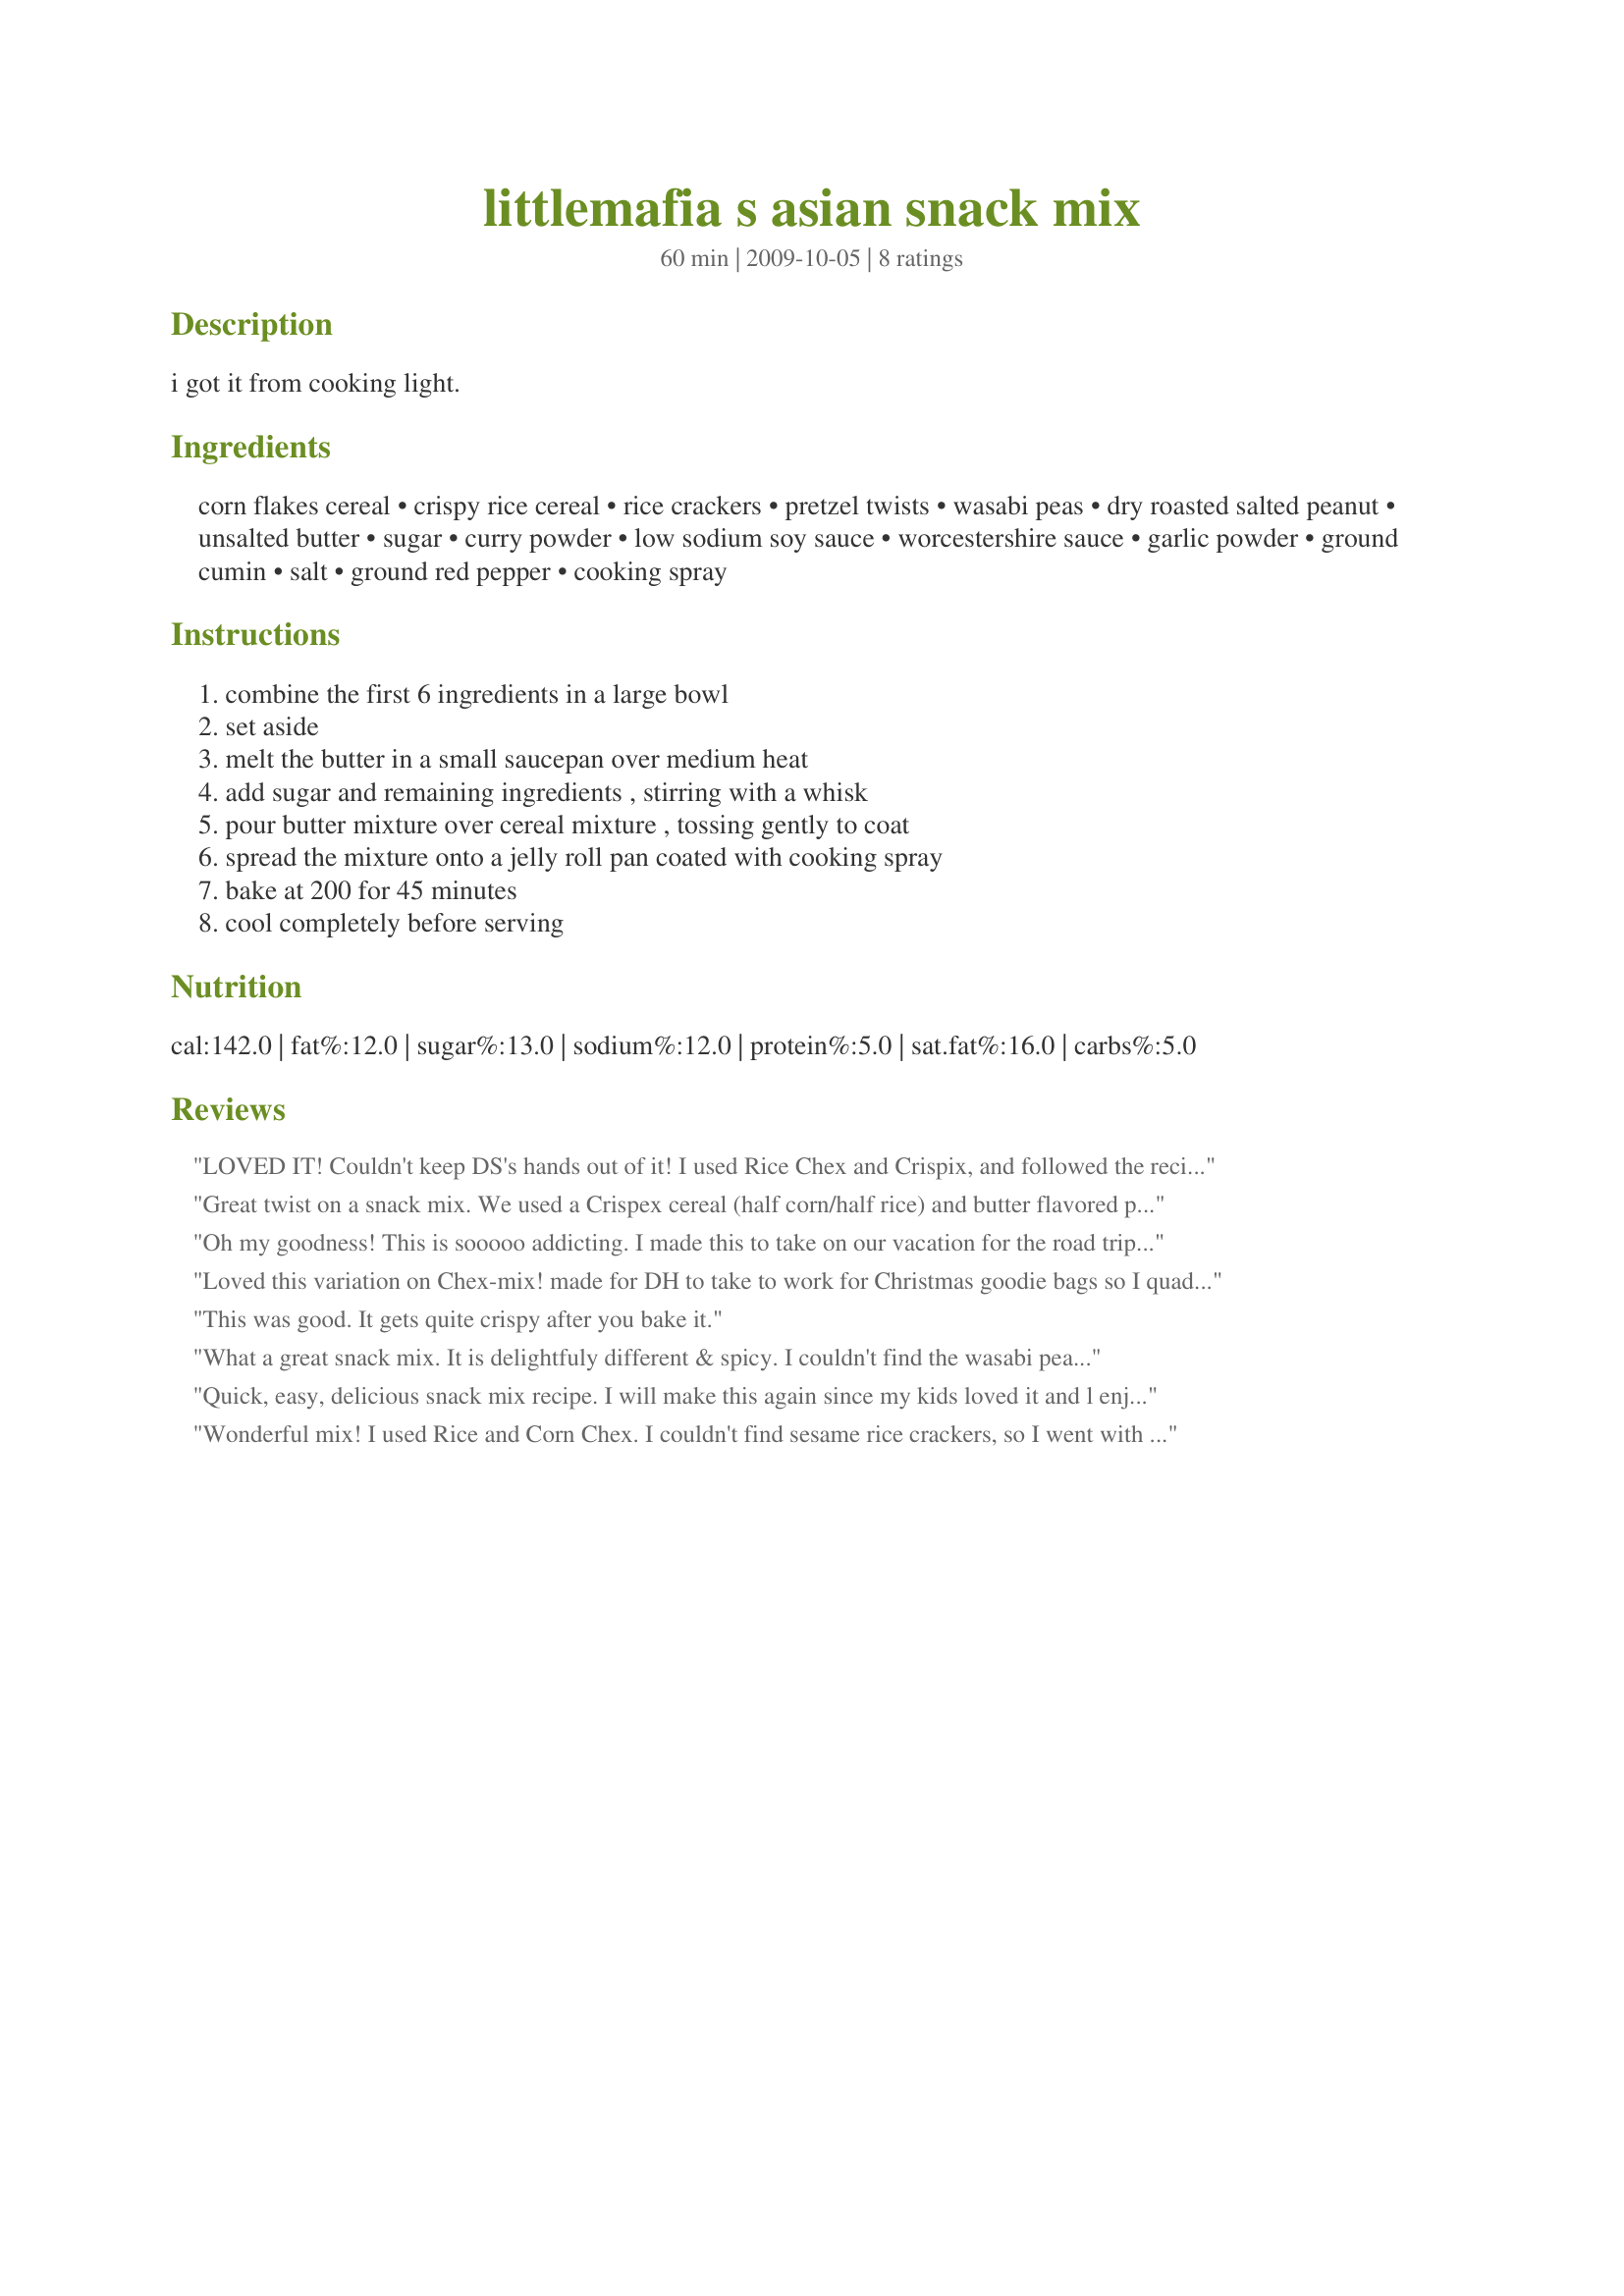
littlemafia s asian snack mix
Preparation time: 60 minutes

i got it from cooking light.

Ingredients:
corn flakes cereal, crispy rice cereal, rice crackers, pretzel twists, wasabi peas, dry roasted salted peanut, unsalted butter, sugar, curry powder, low sodium soy sauce, worcestershire sauce, garlic powder, ground cumin, salt, ground red pepper, cooking spray

Steps:
combine the first 6 ingredients in a large bowl, set aside, melt the butter in a small saucepan over medium heat, add sugar and remaining ingredients , stirring with a whisk, pour butter mixture over cereal mixture , tossing gently to coat, spread the mixture onto a jelly roll pan coated with cooking spray, bake at 200 for 45 minutes, cool completely before serving

Reviews:
LOVED IT! Couldn't keep DS's hands out of it! I used Rice Chex and Crispix, and followed the recipe, as directed. I loved the hint of sweet and of course the spice of the curry and the wasabi peas! I'm so glad I tried this...I can't wait to make it again! Thanks for sharing, littlemafia. Made for ZWT.
Great twist on a snack mix. We used a Crispex cereal (half corn/half rice) and butter flavored pretzels. I like how this mix is just slightly spicy so everyone can enjoy it. Thanks for the treat!
Oh my goodness! This is sooooo addicting. I made this to take on our vacation for the road trip and we loved loved loved this. Its a little sweet and a bit spicy. PERFECT. I couldn&#039;t keep my hands out of the bag!!! Thank you for sharing with delicious snack with us. Its a keeper in our house!
Loved this variation on Chex-mix! made for DH to take to work for Christmas goodie bags so I quadrupled the recipe! And I did have to bake them in a rotation, but that's ok I was glad I made so much so I could keep some to munch on at home! We used something called wasabi bites. They worked well! Thanks for posting! [Made for Holiday Tag December 2009]
This was good. It gets quite crispy after you bake it.
What a great snack mix. It is delightfuly different & spicy. I couldn't find the wasabi peas so added 1 t of wasabi powder & 1 t of red pepper flakes. The result was spicy, but not too hot to enjoy. I really liked the low temp to cook this. The snack mix turned out very crisp and no burning at all. Thanks for sharing this recipe!
Quick, easy, delicious snack mix recipe. I will make this again since my kids loved it and l enjoyed the combination of spicy and sweet. I made this for Best of 2010 Tag-thanks for a new family favorite!
Wonderful mix! I used Rice and Corn Chex. I couldn't find sesame rice crackers, so I went with regular rice crackers and sesame pretzels. The mixture of sweet, spicy, and salty flavors was great. Thanks for sharing! L-O-V-E '12 Event.
